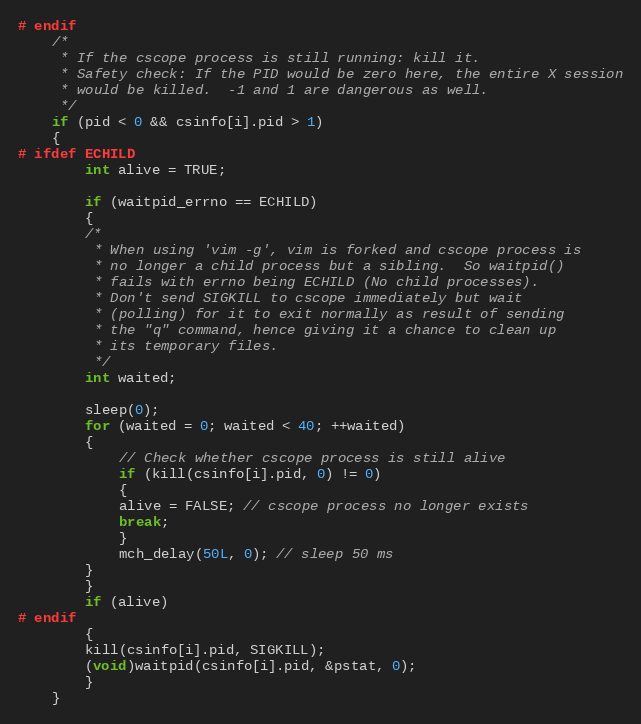
Language: C
# endif
	/*
	 * If the cscope process is still running: kill it.
	 * Safety check: If the PID would be zero here, the entire X session
	 * would be killed.  -1 and 1 are dangerous as well.
	 */
	if (pid < 0 && csinfo[i].pid > 1)
	{
# ifdef ECHILD
	    int alive = TRUE;

	    if (waitpid_errno == ECHILD)
	    {
		/*
		 * When using 'vim -g', vim is forked and cscope process is
		 * no longer a child process but a sibling.  So waitpid()
		 * fails with errno being ECHILD (No child processes).
		 * Don't send SIGKILL to cscope immediately but wait
		 * (polling) for it to exit normally as result of sending
		 * the "q" command, hence giving it a chance to clean up
		 * its temporary files.
		 */
		int waited;

		sleep(0);
		for (waited = 0; waited < 40; ++waited)
		{
		    // Check whether cscope process is still alive
		    if (kill(csinfo[i].pid, 0) != 0)
		    {
			alive = FALSE; // cscope process no longer exists
			break;
		    }
		    mch_delay(50L, 0); // sleep 50 ms
		}
	    }
	    if (alive)
# endif
	    {
		kill(csinfo[i].pid, SIGKILL);
		(void)waitpid(csinfo[i].pid, &pstat, 0);
	    }
	}